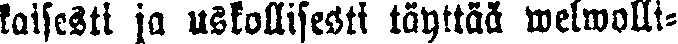
kaisesti ja uskollisesti täyttää welwolli-